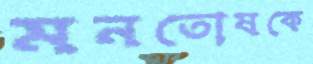
মনতোষকে